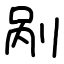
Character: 剐